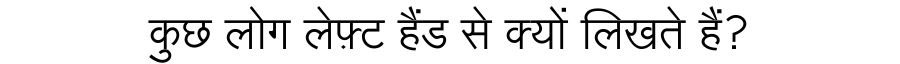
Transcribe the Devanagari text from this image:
कुछ लोग लेफ़्ट हैंड से क्यों लिखते हैं?